Jaan_Tonisson_(Lasteleht), lk 359
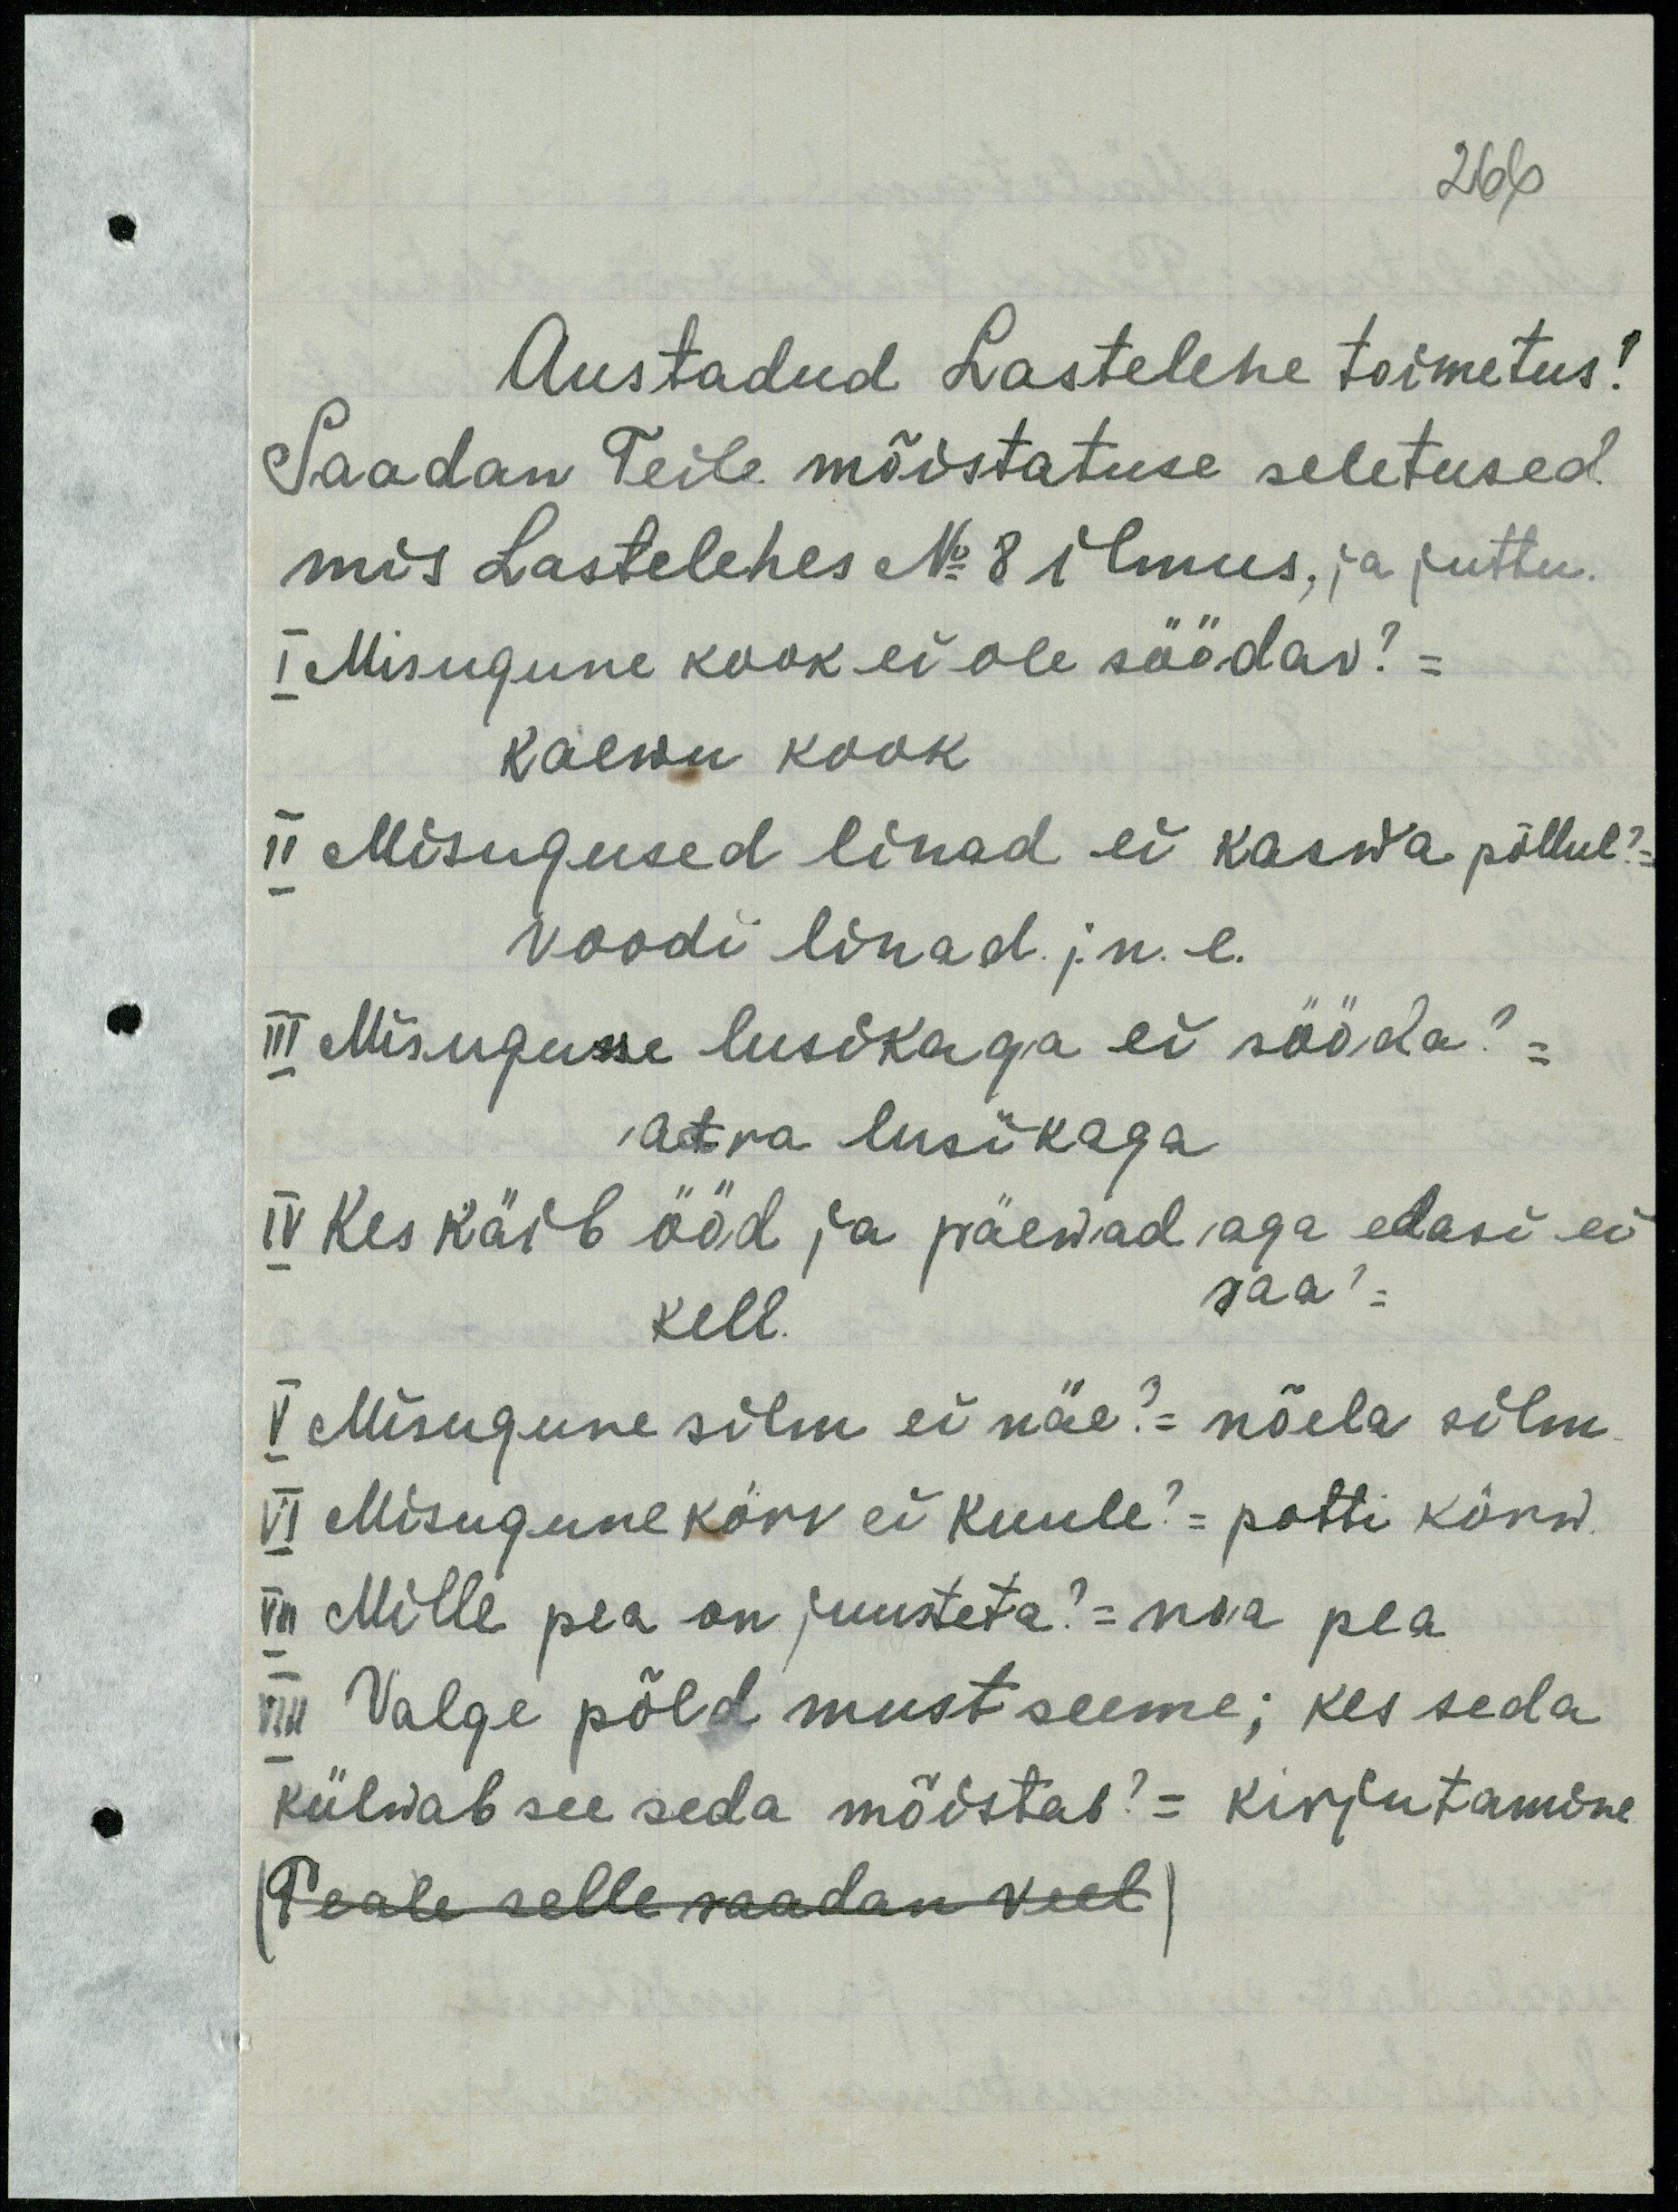
266
Austadud Lastelehe toimetus!
Saadan Teile mõistatuse seletused.
mis Lastelehes No 8 ilmus, ja juttu.
I Misugune kook ei ole söödav? =
kaewu kook.
II Misugused linad ei kaswa põllul?
voodi linad j.n.e.
III Misugusse lusikaga ei sööda? =
atra lusikaga
IV Kes käib ööd ja päewad aga edasi ei
saa?=
kell.
V Misugune silm ei näe? = nõela silm
VI Misugune körv ei kuule?= potti kõrw.
VII Mille pea on juusteta? = noa pea
VIII Valge põld must seeme; kes seda
külwab see seda mõistab?= kirjutamine
Peale selle saadan veel